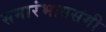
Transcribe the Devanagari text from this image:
समारंभाप्रसंगी